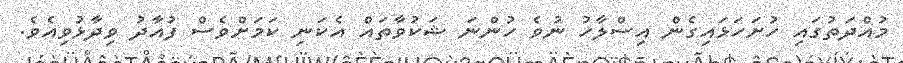
މުއްދަތުގައި ހުށަހަޅައިގެން އިސްލާހު ނުވެ ހުންނަ ޝަކުވާތައް އެކަނި ކަމަށްވެސް ފުއާދު ވިދާޅުވިއެވެ.